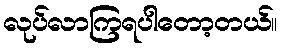
လုပ်လာကြရပါတော့တယ်။